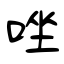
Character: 唑